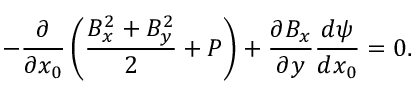
- \frac { \partial } { \partial x _ { 0 } } \left( \frac { B _ { x } ^ { 2 } + B _ { y } ^ { 2 } } { 2 } + P \right) + \frac { \partial B _ { x } } { \partial y } \frac { d \psi } { d x _ { 0 } } = 0 .